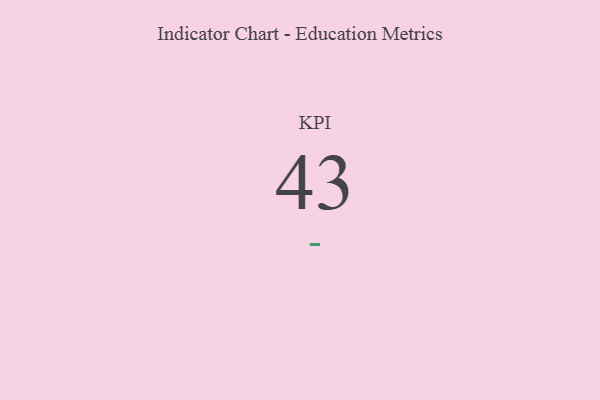
{"axis": {"x": "KPI", "y": "Value"}, "legend": [""], "data": [{"x": "KPI", "y": 43, "type": ""}]}